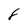
Character: 8